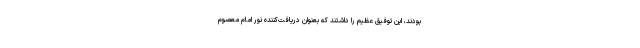
بودند، این توفیق عظیم را داشتند که بعنوان دریافت‌کننده نور امام معصوم